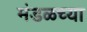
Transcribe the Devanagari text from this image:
मंडळच्या